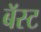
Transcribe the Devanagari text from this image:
बॅस्ट